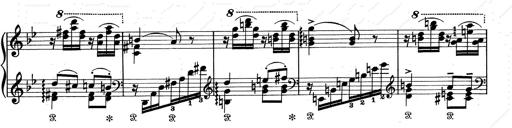
Title: Aus Lohengrin
Composer: Franz Liszt